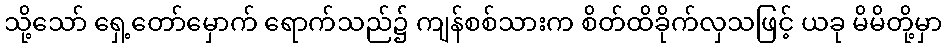
သို့သော် ရှေ့တော်မှောက် ရောက်သည်၌ ကျန်စစ်သားက စိတ်ထိခိုက်လှသဖြင့် ယခု မိမိတို့မှာ